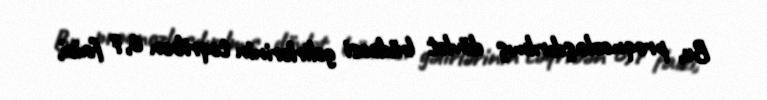
Bu, proqnozlaşdırılmış dövlət büdcəsi gəlirlərinin təqribən 6,7 faizi,